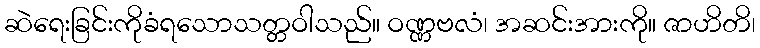
ဆဲရေးခြင်းကိုခံရသောသတ္တဝါသည်။ ဝဏ္ဏဗလံ၊ အဆင်းအားကို။ ဇာဟိတိ၊